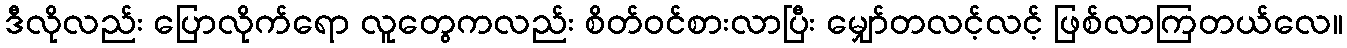
ဒီလိုလည်း ပြောလိုက်ရော လူတွေကလည်း စိတ်ဝင်စားလာပြီး မျှော်တလင့်လင့် ဖြစ်လာကြတယ်လေ။